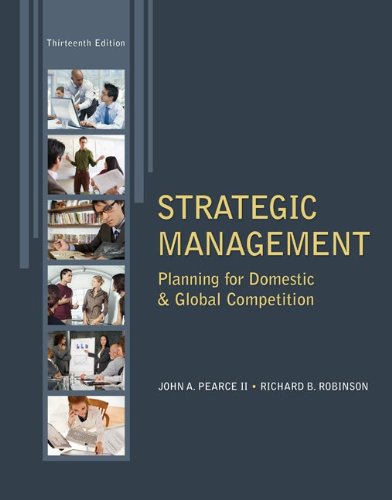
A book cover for Strategic Management; John Pearce; Business & Money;